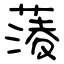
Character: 蔆